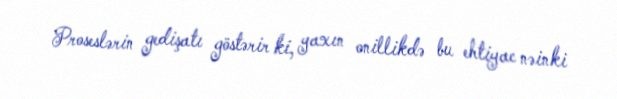
Proseslərin gedişatı göstərir ki, yaxın onillikdə bu ehtiyac nəinki